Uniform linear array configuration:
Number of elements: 48
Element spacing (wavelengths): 0.25
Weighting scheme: kaiser
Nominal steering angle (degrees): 60
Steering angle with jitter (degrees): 61.969
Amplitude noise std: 0.05
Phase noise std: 0.05

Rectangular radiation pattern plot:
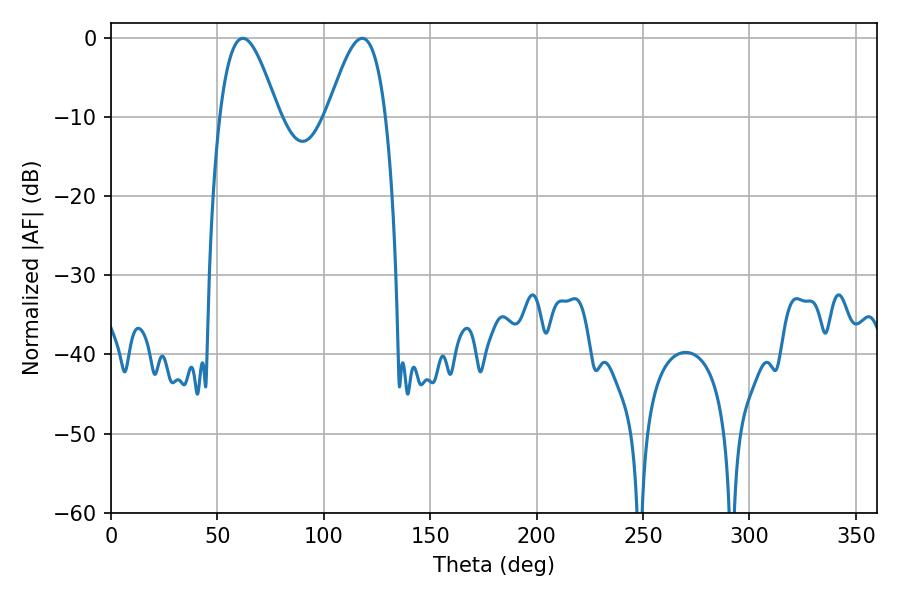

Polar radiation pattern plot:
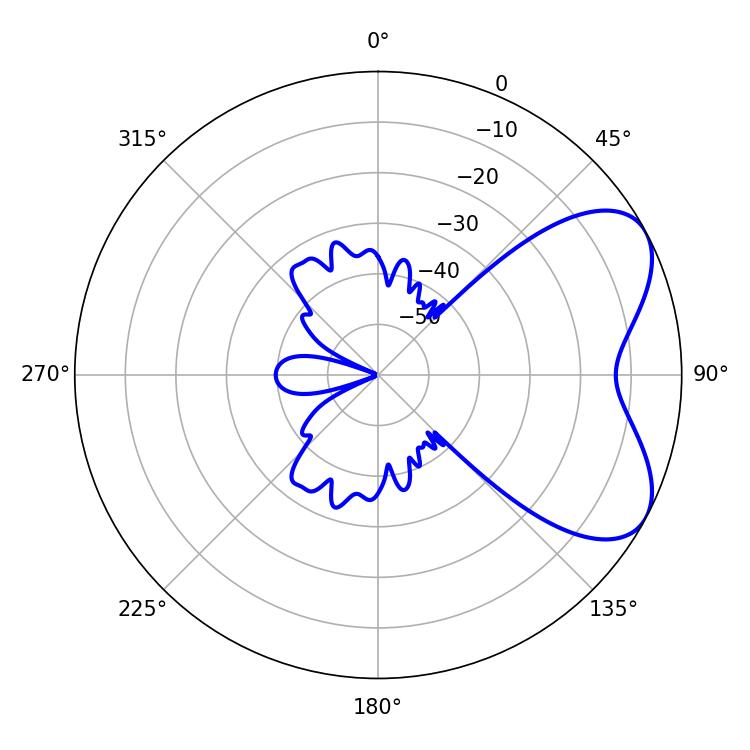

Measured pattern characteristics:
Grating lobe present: FALSE
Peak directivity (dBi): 5.857
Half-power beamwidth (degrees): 14.94
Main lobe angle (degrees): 61.92